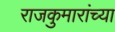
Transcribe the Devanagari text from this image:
राजकुमारांच्या